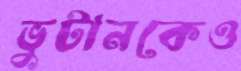
ভুটানকেও